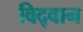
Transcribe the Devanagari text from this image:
विद्‌वान